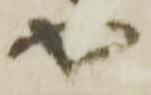
や